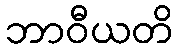
ဘာဝီယတိ